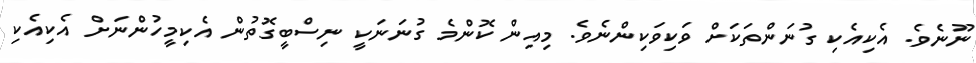
ނޫނެވެ. އެކިއެކި ގުނަންތަކަށް ވަކިވަކިންނެވެ. މިއިން ކޮންމެ ގުނަނަކީ ނިސްބީގޮތުން އެކިމީހުންނަށް އެކިއެކި